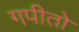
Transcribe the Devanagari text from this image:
गपीतो